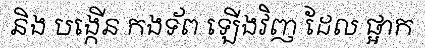
និង បង្កើន កងទ័ព ឡើងវិញ ដែល ផ្អាក